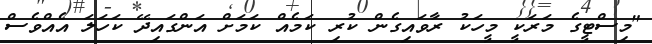
"މިސްޓީގެ މަރަކީ މީހަކު ރާވައިގެން ކުރި ކަމެއް ކަމަށް އަންގައިދޭ ކަހަލަ އެއްވެސް